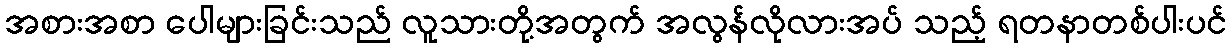
အစားအစာ ပေါများခြင်းသည် လူသားတို့အတွက် အလွန်လိုလားအပ် သည့် ရတနာတစ်ပါးပင်